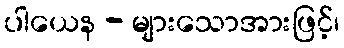
ပါယေန - များသောအားဖြင့်၊